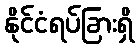
နိုင်ငံရပ်ခြားရှိ